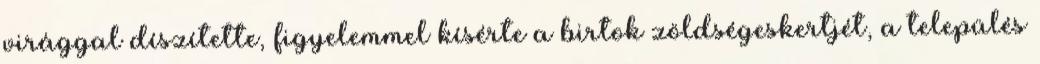
virággal díszítette, figyelemmel kísérte a birtok zöldségeskertjét, a település